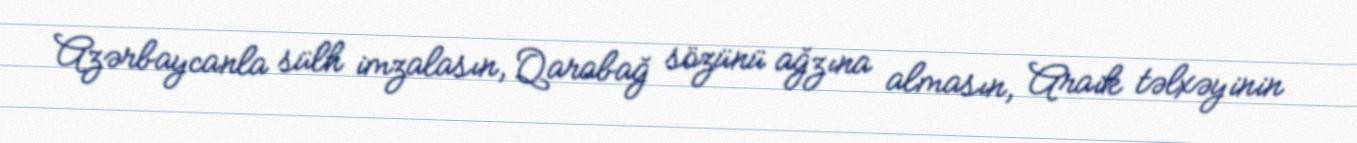
Azərbaycanla sülh imzalasın, Qarabağ sözünü ağzına almasın, Araik təlxəyinin